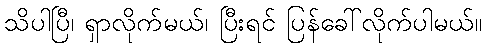
သိပါပြီ၊ ရှာလိုက်မယ်၊ ပြီးရင် ပြန်ခေါ်လိုက်ပါမယ်။